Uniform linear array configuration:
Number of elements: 24
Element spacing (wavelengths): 0.75
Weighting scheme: exponential
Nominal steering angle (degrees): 30
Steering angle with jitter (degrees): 31.507
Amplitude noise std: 0.05
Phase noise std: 0.05

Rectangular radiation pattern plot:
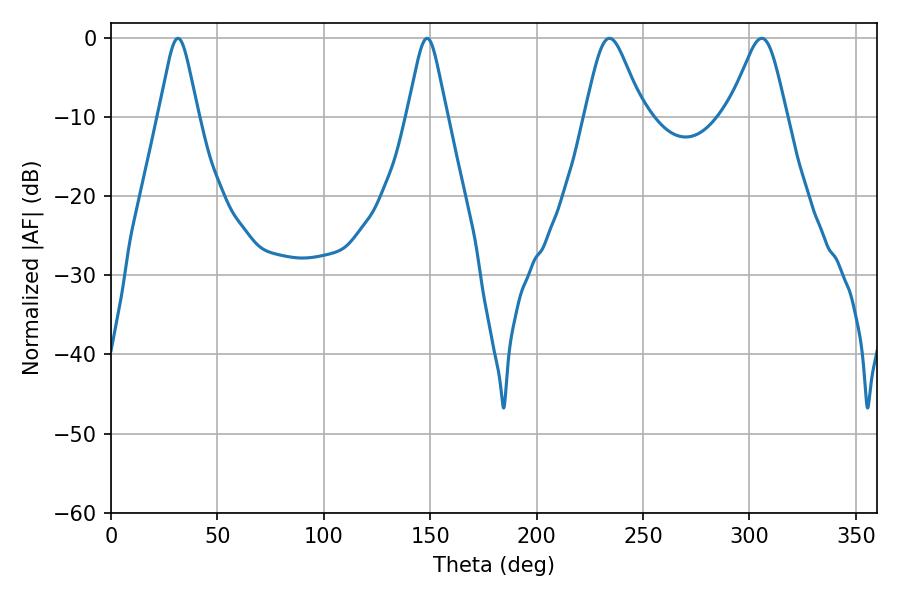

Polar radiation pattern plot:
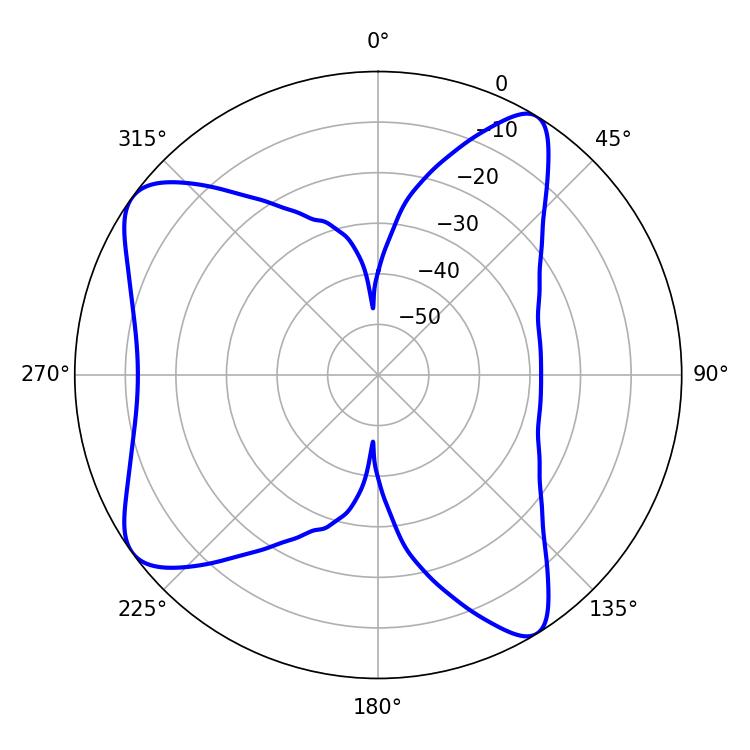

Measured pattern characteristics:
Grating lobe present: TRUE
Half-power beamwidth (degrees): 13.32
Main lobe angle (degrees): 234.18